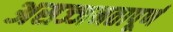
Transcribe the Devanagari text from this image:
असज्जनतापूर्ण